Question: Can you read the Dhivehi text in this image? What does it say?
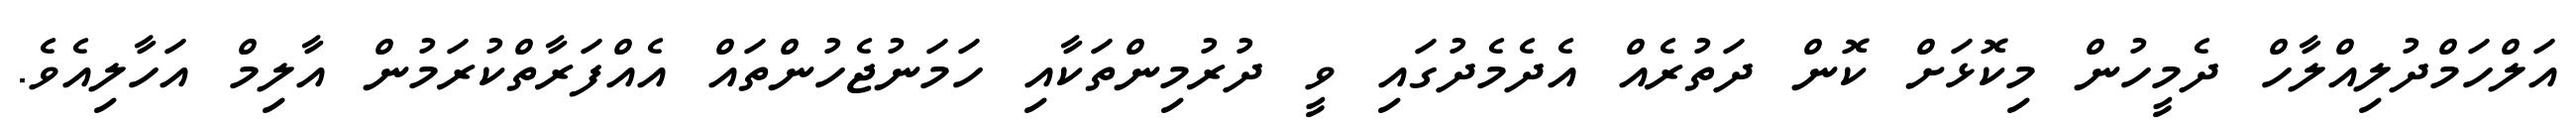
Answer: އަލްހަމްދުލިއްލާހް ދެމީހުން މިކޮޅަށް ކޮން ދަތުރެއް އެދެމެދުގައި ވީ ދުރުމިންތަކާއި ހަމަނުޖެހުންތައް އެއްފަރާތްކުރަމުން އާލިމް އަހާލިއެވެ.